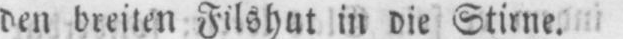
den breiten Filshut in die Stirne.